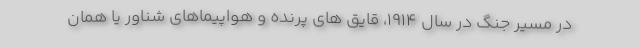
در مسیر جنگ در سال 1914، قایق های پرنده و هواپیماهای شناور یا همان